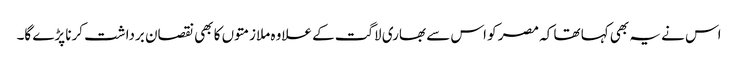
اس نے یہ بھی کہا تھا کہ مصر کو اس سے بھاری لاگت کے علاوہ ملازمتوں کا بھی نقصان برداشت کرنا پڑے گا۔